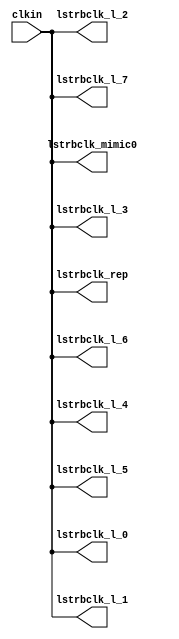
// SPDX-License-Identifier: Apache-2.0
// Copyright (C) 2019 Intel Corporation. All rights reserved
//------------------------------------------------------------------------
//
// Revision:    $Revision: #6 $
//------------------------------------------------------------------------
// Description: skew-matched clock distribution network
//------------------------------------------------------------------------

module aibnd_clktree_avmm_mimic 
#(
parameter SKEW_DELAY     = 60   //min:20ps; typ :60ps; max:100ps
)
(
   input  wire         clkin,                   //clock source
   output wire 	       lstrbclk_l_0, 	        //buffered clock
   output wire         lstrbclk_l_1,            //buffered clock
   output wire         lstrbclk_l_2,            //buffered clock
   output wire         lstrbclk_l_3,            //buffered clock
   output wire         lstrbclk_l_4,            //buffered clock
   output wire         lstrbclk_l_5,            //buffered clock
   output wire         lstrbclk_l_6,            //buffered clock
   output wire         lstrbclk_l_7,            //buffered clock
   output wire         lstrbclk_rep, 	        //replica for DLL
   output wire         lstrbclk_mimic0         //mimic path for load matching
);

`ifdef TIMESCALE_EN
  timeunit 1ps;
  timeprecision 1ps;
`endif
  
                assign #SKEW_DELAY lstrbclk_l_0 = clkin;
                assign #SKEW_DELAY lstrbclk_l_1 = clkin;
                assign #SKEW_DELAY lstrbclk_l_2 = clkin;
                assign #SKEW_DELAY lstrbclk_l_3 = clkin;
                assign #SKEW_DELAY lstrbclk_l_4 = clkin;
                assign #SKEW_DELAY lstrbclk_l_5 = clkin;
                assign #SKEW_DELAY lstrbclk_l_6 = clkin;
                assign #SKEW_DELAY lstrbclk_l_7 = clkin;
                assign #SKEW_DELAY lstrbclk_rep = clkin;
                assign #SKEW_DELAY lstrbclk_mimic0 = clkin;

endmodule // aibnd_clktree_avmm_mimic